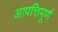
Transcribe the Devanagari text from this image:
आपत्तिपूर्ण